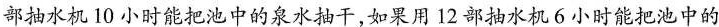
部抽水机10小时能把池中的泉水抽干，如果用12部抽水机6小时能把池中的